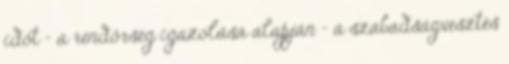
időt – a rendőrség igazolása alapján – a szabadságvesztés